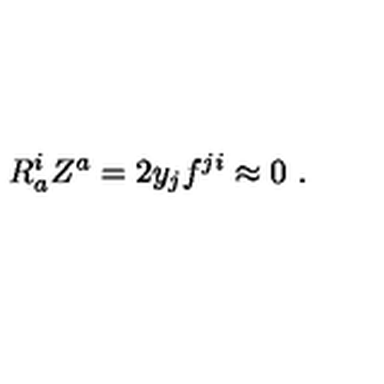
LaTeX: R _ { a } ^ { i } Z ^ { a } = 2 y _ { j } f ^ { j i } \approx 0 \ .